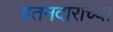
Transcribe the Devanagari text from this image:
वतनदाराच्या